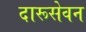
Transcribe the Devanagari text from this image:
दारूसेवन